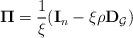
LaTeX: \begin{align*}\boldsymbol{\Pi} = \frac{1}{\xi}(\mathbf{I}_n - \xi \rho \mathbf{D}_{\mathcal{G}})\end{align*}